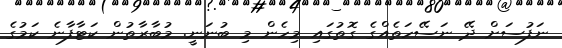
ނަފުސަށް ދޭ ނަސޭހަތެއްގެ ގޮތުގައި މިހެން މި ބުނަނީ. މުބާރާތުން ކަޓާފާނެ ކަމުގެ